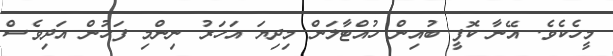
މީހެކެވެ. އޭނާ ކޮފީ ބުއިން ހުއްޓާލަން މިދިޔަ އަހަރު ނިންމި ފަހުން އަދިވެސް